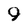
Character: 9